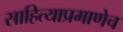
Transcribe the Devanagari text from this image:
साहित्याप्रमाणेच